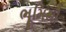
ભૂમિથી